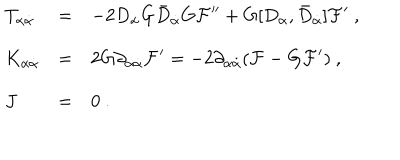
LaTeX: \begin{array} { l l l } { { T _ { \alpha { \dot { \alpha } } } } } & { { = } } & { { - 2 D _ { \alpha } G { \bar { D } } _ { \dot { \alpha } } G { \mathcal F } ^ { \prime \prime } + G [ D _ { \alpha } , { \bar { D } } _ { \dot { \alpha } } ] { \mathcal F } ^ { \prime } \ , } } \\ { { K _ { \alpha { \dot { \alpha } } } } } & { { = } } & { { 2 G \partial _ { \alpha { \dot { \alpha } } } { \mathcal F } ^ { \prime } = - 2 \partial _ { \alpha { \dot { \alpha } } } ( { \mathcal F } - G { \mathcal F } ^ { \prime } ) \ , } } \\ { { J } } & { { = } } & { { 0 \ . } } \\ \end{array}